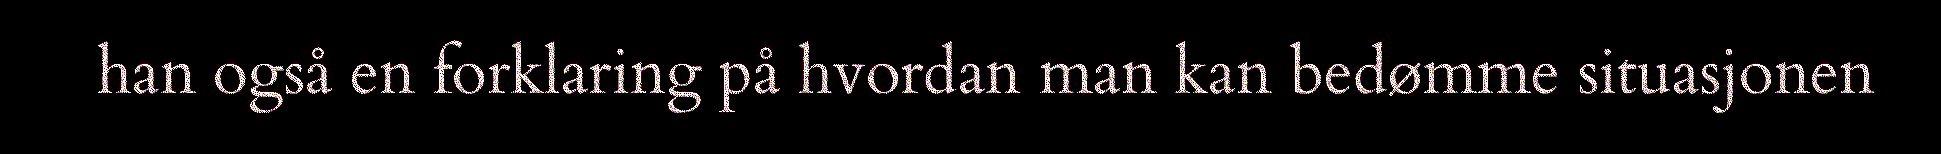
han også en forklaring på hvordan man kan bedømme situasjonen